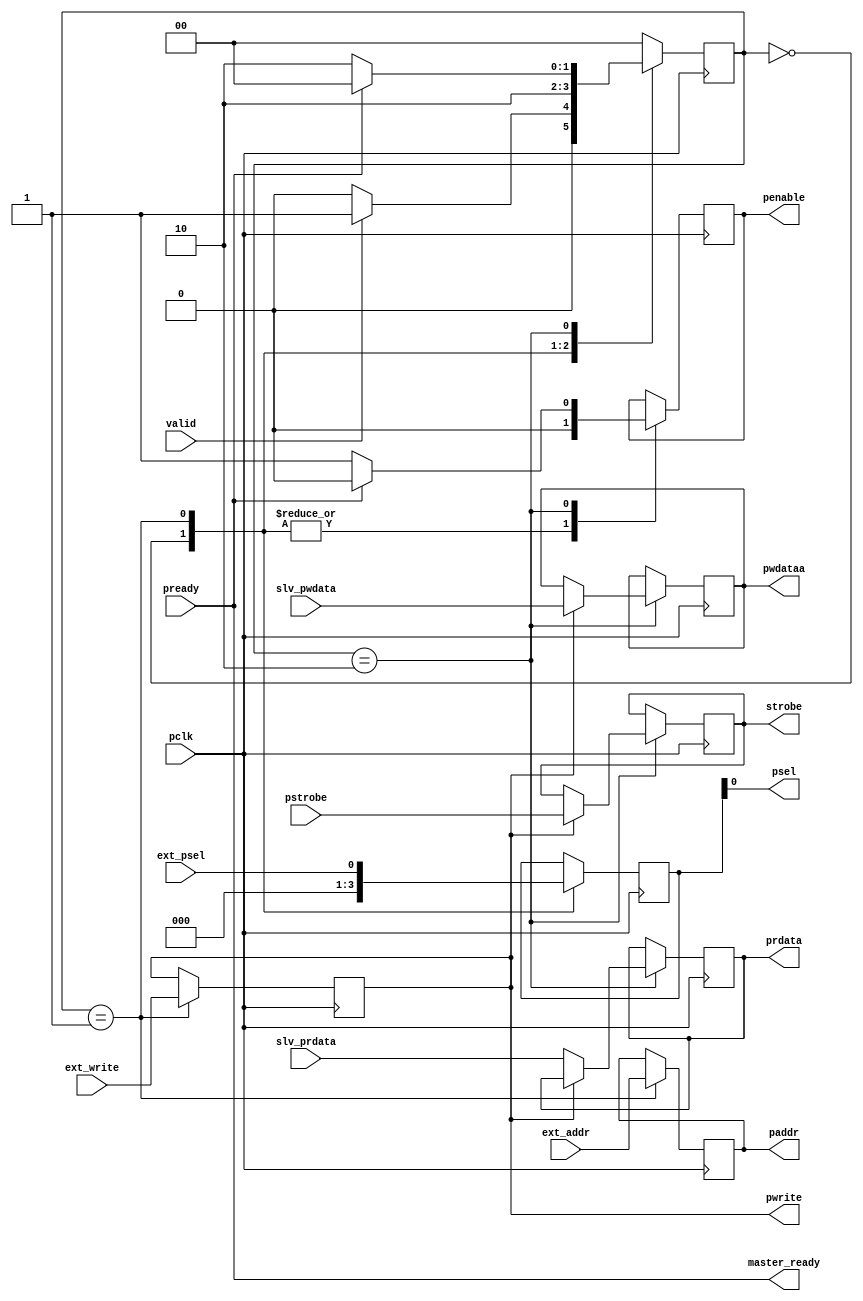
module apb_master(
input              pclk,
input              valid,      
input              ext_psel,   
input              ext_write,  
input [31:0]       ext_addr,    
input   wire       pready,     
input [31:0]       slv_prdata,
input [31:0]       slv_pwdata,  
input [1:0]        pstrobe,                             
output             psel,       
output             penable,  
output             pwrite,
output [31:0]      pwdataa, 
output [31:0]      prdata,     
output [31:0]      paddr,
output [1:0]            strobe,
output             master_ready
);

reg                r_penable=0;
reg [31:0]         r_prdata=0;
reg [31:0]          r_pwdataa;
reg [1:0]          r_ext_psel;
reg [31:0]         r_ext_addr= 0;
reg                r_ext_write;  
reg [1:0]          r_strobe;    
reg [1:0]          p_state=2'd0;
parameter          IDLE = 2'd0;
parameter          SETUP = 2'd1;
parameter          ACCESS = 2'd2;

always @(posedge pclk) begin
    case (p_state)
       IDLE :       begin              //Idle state where Penable = 0 and Psel = 0
                        r_penable <= 0;      // Set penable low in the IDLE state
                        r_ext_psel <= 3'd0;
                        p_state <= valid ? SETUP : IDLE; // Transition to SETUP if valid, otherwise stay in IDLE
                    end

      
      SETUP : begin
              r_penable <= 0;
              r_ext_psel <= ext_psel;
              r_ext_addr <= ext_addr;
              r_ext_write <= ext_write;  // Make sure r_ext_write is updated here
              p_state <= ACCESS;
            end

      ACCESS : begin          //Access state where the transfer is enabled
                      r_penable <= 1'b1;
                    if(r_ext_write == 1) begin   
                    r_strobe   <= pstrobe;
                    r_pwdataa <= slv_pwdata;
                    end
                    else if (r_ext_write==0)
                      begin
                        r_prdata <= slv_prdata;

                      end
                    if(pready) begin
                    p_state <= IDLE;
                    r_penable <= 1'b0;
                    end
                    else
                    p_state <=ACCESS;
                end
      default: p_state <= IDLE; 
    endcase
  end     
        
 assign penable = r_penable;
 assign psel = r_ext_psel;
 assign pwrite = r_ext_write;
 assign paddr = r_ext_addr;
 assign prdata = r_prdata;
 assign pwdataa= r_pwdataa;
 assign strobe = r_strobe;
 assign master_ready = pready;
endmodule